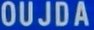
OUJDA